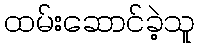
ထမ်းဆောင်ခဲ့သူ